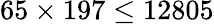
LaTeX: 65\times 197\leq 12805